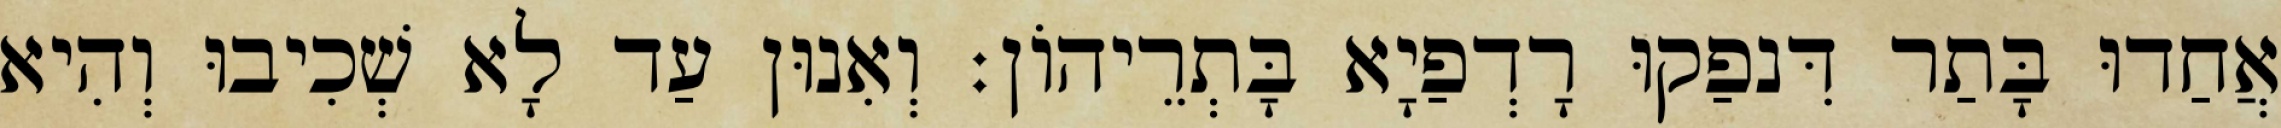
אֲחַדוּ בָּתַר דִּנפַקוּ רָדְפַיָא בָּתְרֵיהוֹן׃ וְאִנוּן עַד לָא שְׁכִיבוּ וְהִיא